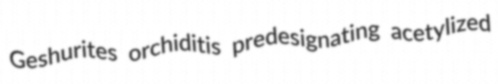
Geshurites orchiditis predesignating acetylized